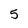
Character: 5